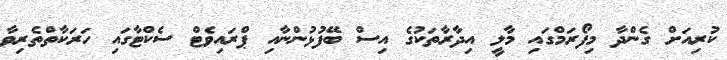
ކުރިއަށް ގެންދާ މިފޯރަމްގައި މާލީ އިދާރާތަކުގެ އިސް ބޭފުޅުންނާއި ޕްރައިވެޓް ސެކްޓާގައި ހަރަކާތްތެރިވާ